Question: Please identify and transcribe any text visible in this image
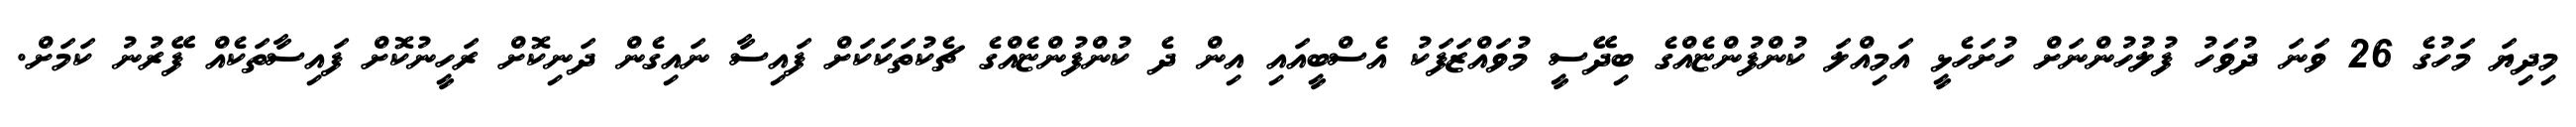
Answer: މިދިޔަ މަހުގެ 26 ވަނަ ދުވަހު ފުލުހުންނަށް ހުށަހެޅީ އަމިއްލަ ކުންފުންޏެއްގެ ބިދޭސީ މުވައްޒަފަކު އެސްބީއައި އިން ދެ ކުންފުންޏެއްގެ ޗެކުތަކަކަށް ފައިސާ ނައިގެން ދަނިކޮށް ރަހީނުކޮށް ފައިސާތަކެއް ފޭރުނު ކަމަށް.